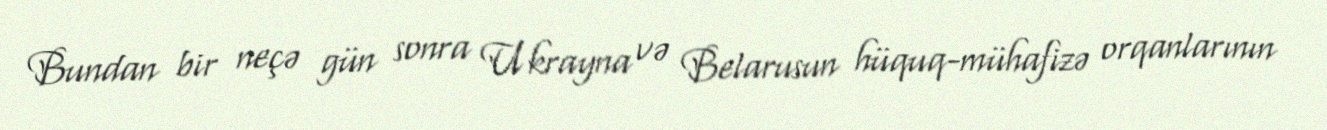
Bundan bir neçə gün sonra Ukrayna və Belarusun hüquq-mühafizə orqanlarının